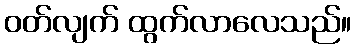
ဝတ်လျက် ထွက်လာလေသည်။